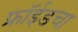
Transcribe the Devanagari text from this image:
फ्रॉईडचा